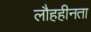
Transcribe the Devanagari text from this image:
लौहहीनता